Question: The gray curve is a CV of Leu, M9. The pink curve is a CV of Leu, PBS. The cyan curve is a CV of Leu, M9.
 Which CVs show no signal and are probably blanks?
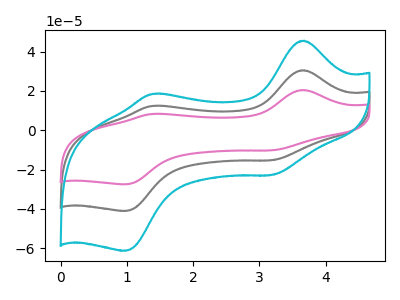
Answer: <think>The gray curve "Leu, M9" has anodic peaks at (3.70V, 30.50uA) (1.40V, 12.40uA) and cathodic peaks at (3.20V, -15.20uA) (1.00V, -41.05uA). The pink curve "Leu, PBS" has anodic peaks at (3.70V, 20.45uA) (1.40V, 8.30uA) and cathodic peaks at (3.20V, -10.20uA) (1.00V, -27.50uA). The cyan curve "Leu, M9" has anodic peaks at (3.70V, 61.00uA) (1.40V, 24.80uA) and cathodic peaks at (3.20V, -30.40uA) (1.00V, -82.05uA).</think>
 <answer>There are not any CV's on this graph that are likely to be blanks.</answer>
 <eval>none</eval>